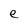
Character: e